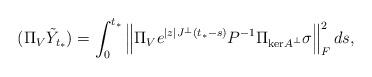
LaTeX: \begin{align*} (\Pi_V \tilde{Y}_{t_*}) = \int_0^{t_*} \left\| \Pi_V e^{|z|J^\perp(t_*-s)}P^{-1}\Pi_{\mathrm{ker}A^\perp}\sigma \right\|_F^2 ds,\end{align*}